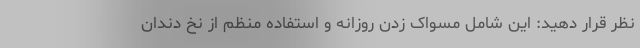
نظر قرار دهید: این شامل مسواک زدن روزانه و استفاده منظم از نخ دندان